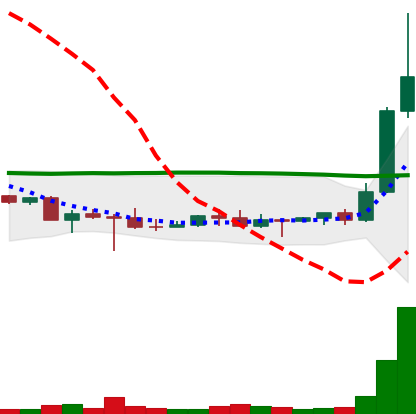
Ticker: DOGE-USD
Chart end date: 2022-10-27
Forward return: 85.119%
Label: up_7plus